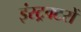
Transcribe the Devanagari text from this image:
इंस्ट्रक्टरों